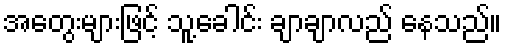
အတွေးများဖြင့် သူ့ခေါင်း ချာချာလည် နေသည်။